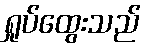
ရှုပ်ထွေးသည်